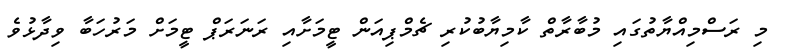
މި ރަސްމިއްޔާތުގައި މުބާރާތް ކާމިޔާބުކުރި ޗެމްޕިއަން ޓީމަށާއި ރަނަރަޕް ޓީމަށް މަރުހަބާ ވިދާޅުވެ